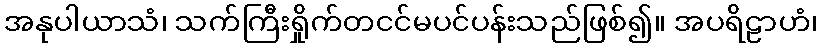
အနုပါယာသံ၊ သက်ကြီးရှိုက်တငင်မပင်ပန်းသည်ဖြစ်၍။ အပရိဠာဟံ၊